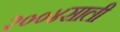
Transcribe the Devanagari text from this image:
२००४साली